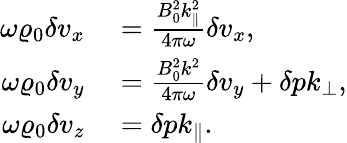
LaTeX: \begin{array}{rl}{\omega\varrho_{0}\delta v_{x}}&{{}=\frac{B_{0}^{2}k_{\parallel}^{2}}{4\pi\omega}\delta v_{x},}\\ {\omega\varrho_{0}\delta v_{y}}&{{}=\frac{B_{0}^{2}k^{2}}{4\pi\omega}\delta v_{y}+\delta pk_{\perp},}\\ {\omega\varrho_{0}\delta v_{z}}&{{}=\delta pk_{\parallel}.}\end{array}